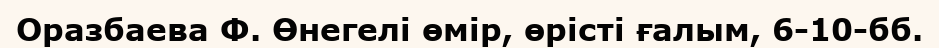
Оразбаева Ф. Өнегелі өмір, өрісті ғалым, 6-10-бб.